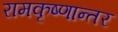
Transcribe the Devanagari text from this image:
रामकृष्णान्तर